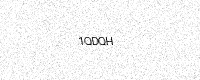
Text: 1QDQH